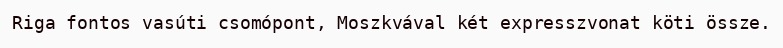
Riga fontos vasúti csomópont, Moszkvával két expresszvonat köti össze.